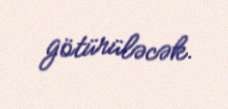
götürüləcək.